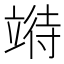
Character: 𫁧